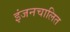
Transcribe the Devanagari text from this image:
इंजनचालित